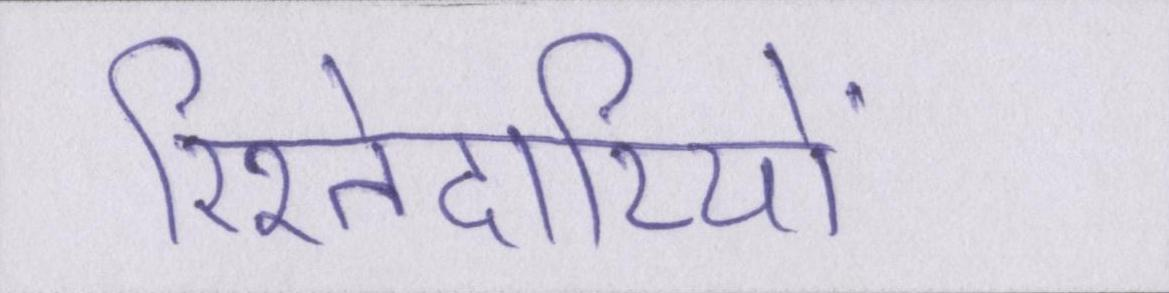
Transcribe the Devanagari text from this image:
रिश्तेदारियों